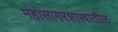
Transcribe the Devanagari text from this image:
महासागरशास्त्रातील